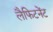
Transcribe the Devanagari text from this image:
लैफिटनेंट